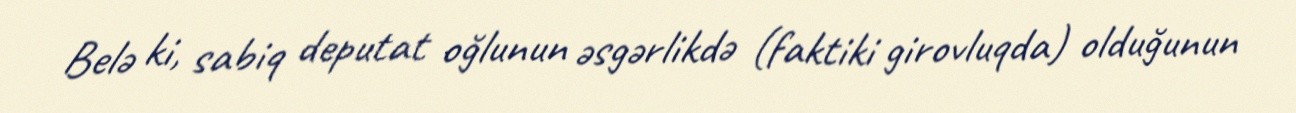
Belə ki, sabiq deputat oğlunun əsgərlikdə (faktiki girovluqda) olduğunun